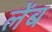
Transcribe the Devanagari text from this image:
लेंब